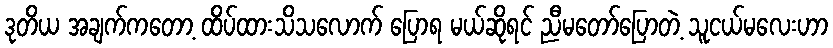
ဒုတိယ အချက်ကတော့ ထိပ်ထားသိသလောက် ပြောရ မယ်ဆိုရင် ညီမတော်ပြောတဲ့ သူငယ်မလေးဟာ